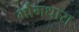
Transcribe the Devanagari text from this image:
भौमधारा